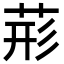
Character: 𮏂